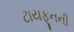
ટાયફૂનની